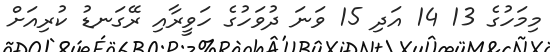
މިމަހުގެ 13 14 އަދި 15 ވަނަ ދުވަހުގެ ހަވީރާއި ރޭގަނޑު ކުރިއަށް